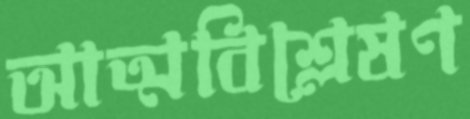
আত্মবিশ্লেষণ